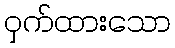
ဝှက်ထားသော